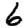
Digit: 6